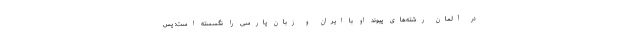
در آلمان رشته‌های پیوند او با ایران و زبان پارسی را نگسسته است: پس